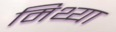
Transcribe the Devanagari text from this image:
मिथ्‍या